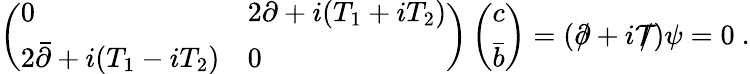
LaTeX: \left(\begin{array}{ll}{{0}}&{{2\partial+i(T_{1}+iT_{2})}}\\ {{2\bar{\partial}+i(T_{1}-iT_{2})}}&{{0}}\end{array}\right)\left(\begin{array}{l}{{c}}\\ {{\bar{b}}}\end{array}\right)=(\partial\! \! \! /+i\mathcal{T}\! \! \! \! /)\psi=0\ .